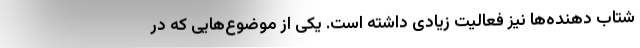
شتاب دهنده‌ها نیز فعالیت زیادی داشته است. یکی از موضوع‌هایی که در